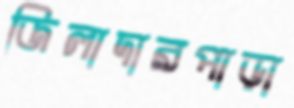
জিলাদারপাড়া